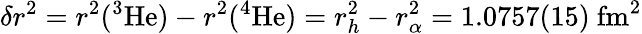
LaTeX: \delta r^{2}=r^{2}(^{3}\mathrm{He})-r^{2}(^{4}\mathrm{He})=r_{h}^{2}-r_{\alpha}^{2}=1.0757(15)\ \mathrm{fm^{2}}